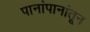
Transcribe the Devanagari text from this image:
पानांपानांतून